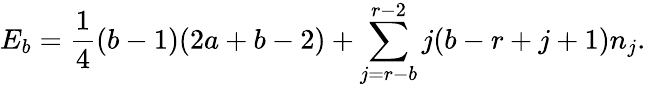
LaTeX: E_{b}=\frac{1}{4}(b-1)(2a+b-2)+\sum_{j=r-b}^{r-2}j(b-r+j+1)n_{j}.